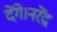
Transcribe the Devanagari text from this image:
देंगे।नरेंद्र